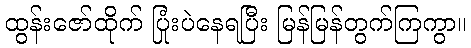
ထွန်းဇော်ထိုက် ပြုံးပဲနေရပြီး မြန်မြန်တွက်ကြကွာ။